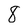
Character: 8